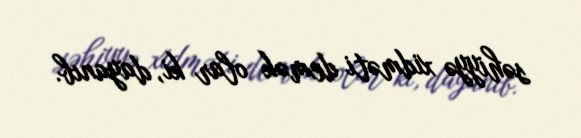
səhiyyə xidməti demək olar ki, dayanıb.